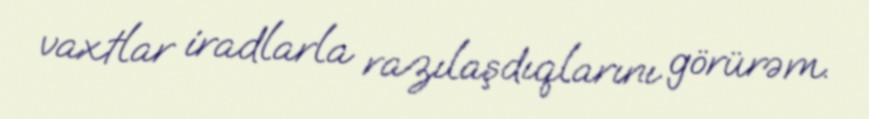
vaxtlar iradlarla razılaşdıqlarını görürəm.